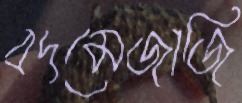
বদমেজাজি